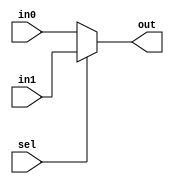
`timescale 1ps/1ps

module sel
(
	input wire			sel,
	input wire [7:0]	in0,
	input wire [7:0]	in1,
	output reg [7:0]	out
);

	always @(*) begin
		if(!sel) begin
			out = in0;
		end else begin
			out = in1;
		end
	end

endmodule